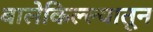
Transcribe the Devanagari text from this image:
बालेकिल्ल्यातून